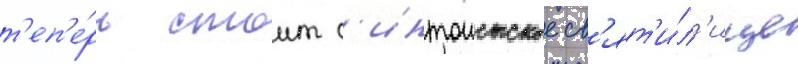
т'еп'е́рь стоит с'интоистское св'ят'и́л'ище